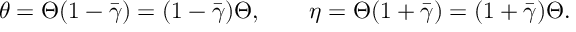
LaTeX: \theta = \Theta ( 1 - \bar { \gamma } ) = ( 1 - \bar { \gamma } ) \Theta , \qquad \eta = \Theta ( 1 + \bar { \gamma } ) = ( 1 + \bar { \gamma } ) \Theta .